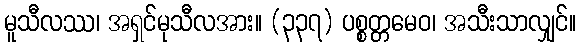
မူသီလဿ၊ အရှင်မုသီလအား။ (၃၃၇) ပစ္စတ္တမေဝ၊ အသီးသာလျှင်။